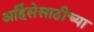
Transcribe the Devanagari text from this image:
अहिंसेसाठीच्या